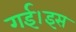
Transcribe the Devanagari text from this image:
गई।इस